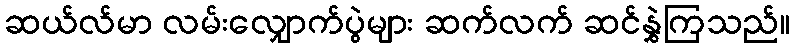
ဆယ်လ်မာ လမ်းလျှောက်ပွဲများ ဆက်လက် ဆင်နွှဲကြသည်။